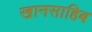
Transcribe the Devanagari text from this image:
खानसाहिब